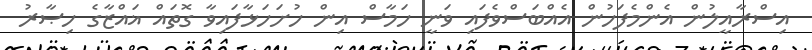
އިސްރާއީލުން އެންމެފަހުން އެއްބަސްވެފައި ވަނީ ހަމާސް އިން ހުށަހަޅާފައިވާ ގޮތައް ޣައްޒާގެ ހިޞާރު